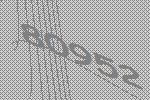
80952